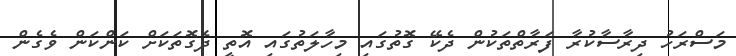
މަސްރަހު ދިރާސާކުރާ ފަރާތްތަކުން ދެކޭ ގޮތުގައި މިހާލަތުގައި އޮތީ ދެގޮތަކަށް ކަންކަން ވެގެން